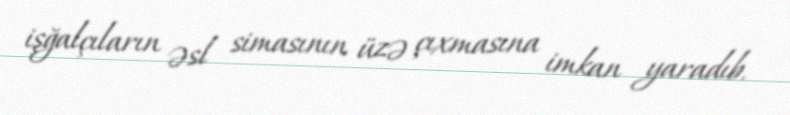
işğalçıların əsl simasının üzə çıxmasına imkan yaradıb.